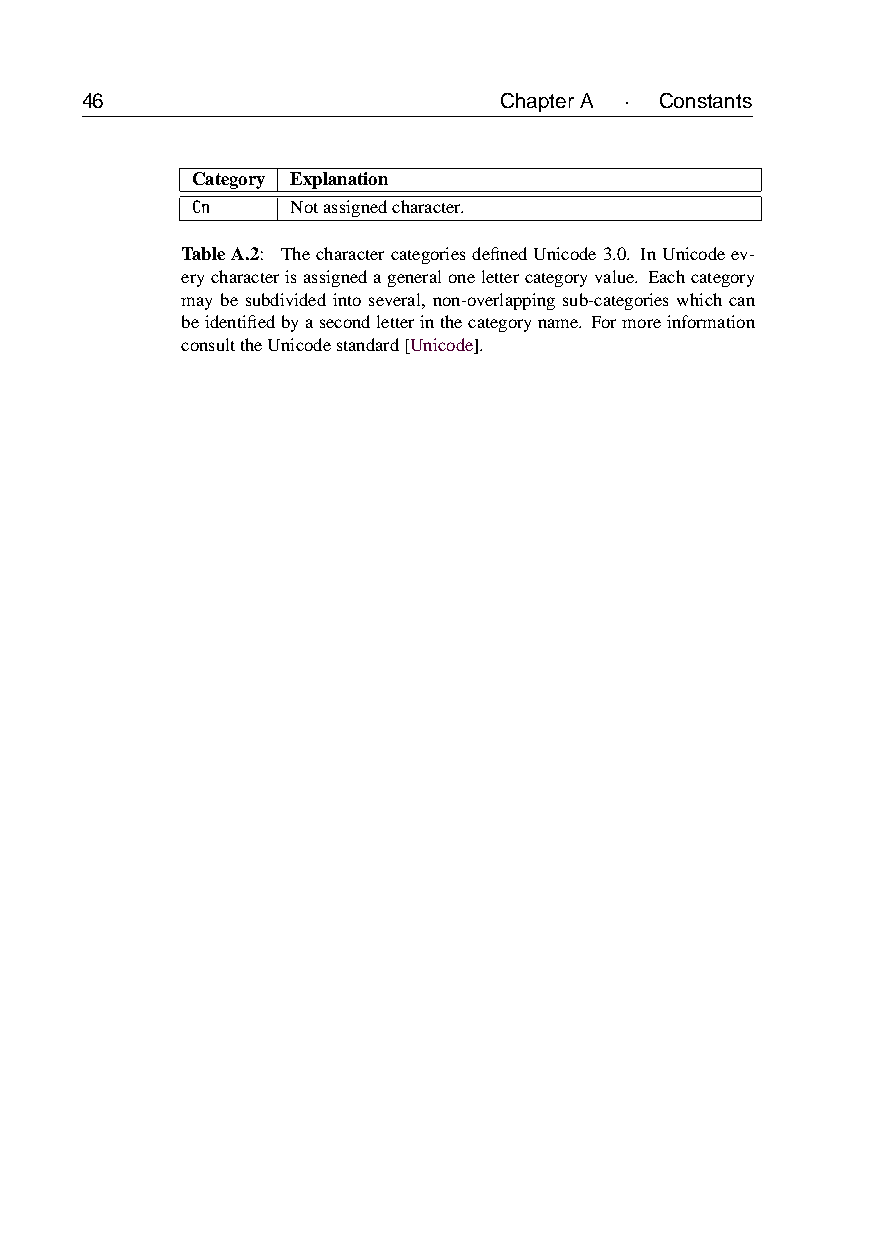
46                          ChapterA · Constants
 Category Explanation
 Cn    Notassignedcharacter.
 TableA.2: ThecharactercategoriesdefinedUnicode3.0. InUnicodeev-
 erycharacterisassignedageneralonelettercategoryvalue. Eachcategory
 may be subdivided into several, non-overlapping sub-categories which can
 beidentifiedbyasecondletterinthecategoryname. Formoreinformation
 consulttheUnicodestandard[Unicode].